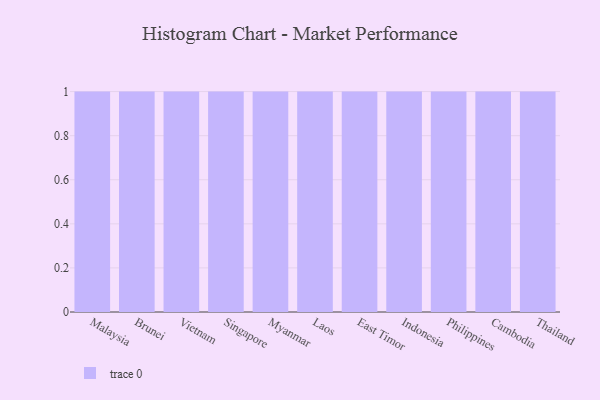
{"axis": {"x": "Country", "y": "Headcount"}, "legend": [""], "data": [{"x": "Malaysia", "y": 92, "type": ""}, {"x": "Brunei", "y": 46, "type": ""}, {"x": "Vietnam", "y": 45, "type": ""}, {"x": "Singapore", "y": 20, "type": ""}, {"x": "Myanmar", "y": 90, "type": ""}, {"x": "Laos", "y": 97, "type": ""}, {"x": "East Timor", "y": 19, "type": ""}, {"x": "Indonesia", "y": 27, "type": ""}, {"x": "Philippines", "y": 2, "type": ""}, {"x": "Cambodia", "y": 6, "type": ""}, {"x": "Thailand", "y": 22, "type": ""}]}